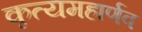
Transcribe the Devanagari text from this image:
कृत्यमहार्णव